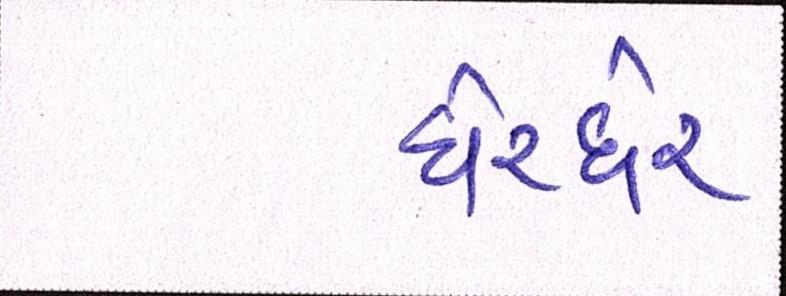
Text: ઘેરઘેર